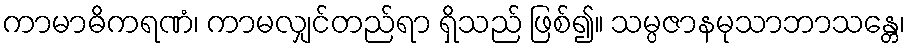
ကာမာဓိကရဏံ၊ ကာမလျှင်တည်ရာ ရှိသည် ဖြစ်၍။ သမ္ပဇာနမုသာဘာသန္တေ၊